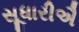
સૂધારીઐ